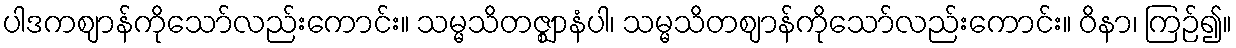
ပါဒကဈာန်ကိုသော်လည်းကောင်း။ သမ္မသိတဇ္ဈာနံပါ၊ သမ္မသိတဈာန်ကိုသော်လည်းကောင်း။ ဝိနာ၊ ကြဉ်၍။